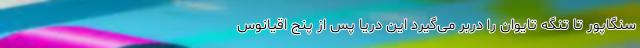
سنگاپور تا تنگه تایوان را دربر می‌گیرد این دریا پس از پنج اقیانوس